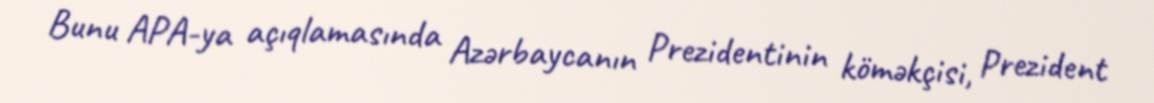
Bunu APA-ya açıqlamasında Azərbaycanın Prezidentinin köməkçisi, Prezident